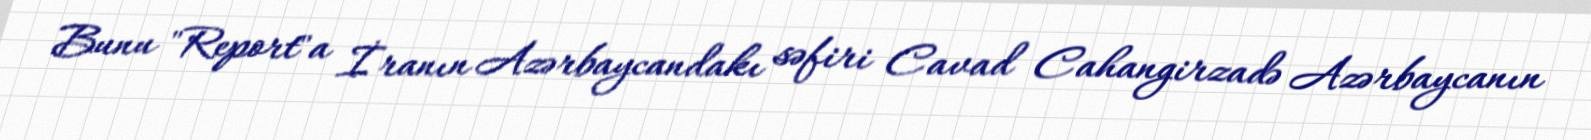
Bunu "Report"a İranın Azərbaycandakı səfiri Cavad Cahangirzadə Azərbaycanın